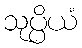
သုပ္ပိယံ